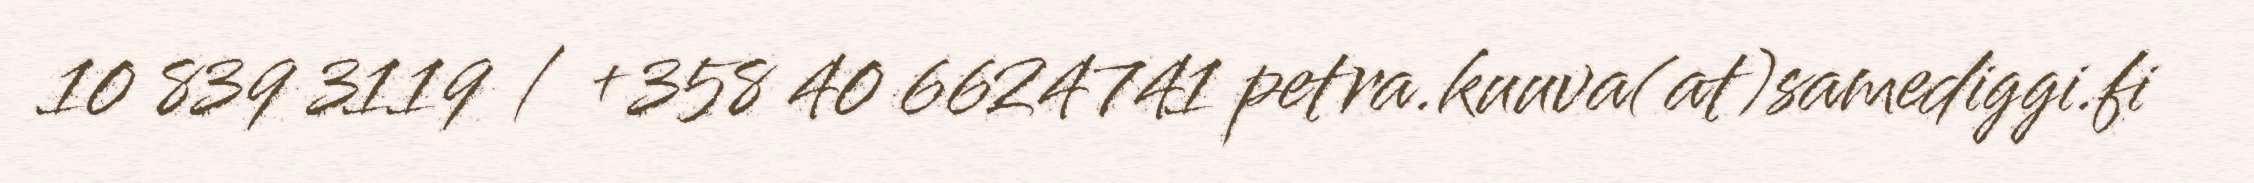
10 839 3119 / +358 40 6624741 petra.kuuva(at)samediggi.fi